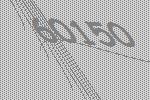
60150